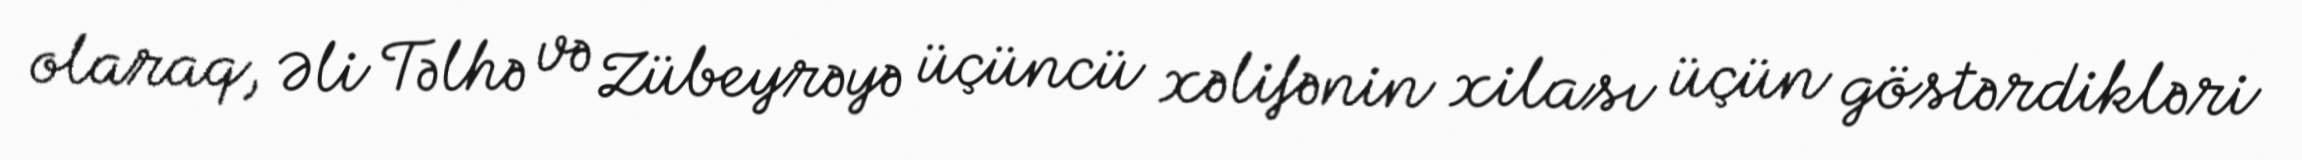
olaraq, Əli Təlhə və Zübeyrəyə üçüncü xəlifənin xilası üçün göstərdikləri